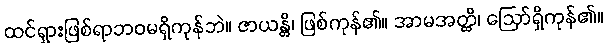
ထင်ရှားဖြစ်ရာဘဝမရှိကုန်ဘဲ။ ဇာယန္တိ၊ ဖြစ်ကုန်၏။ အာမအတ္ထိ၊ ဩော်ရှိကုန်၏။